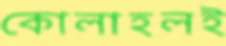
কোলাহলই